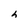
Character: h